Vaccination in Bombay 1913-1923 - 1913-1923
Year: 1913
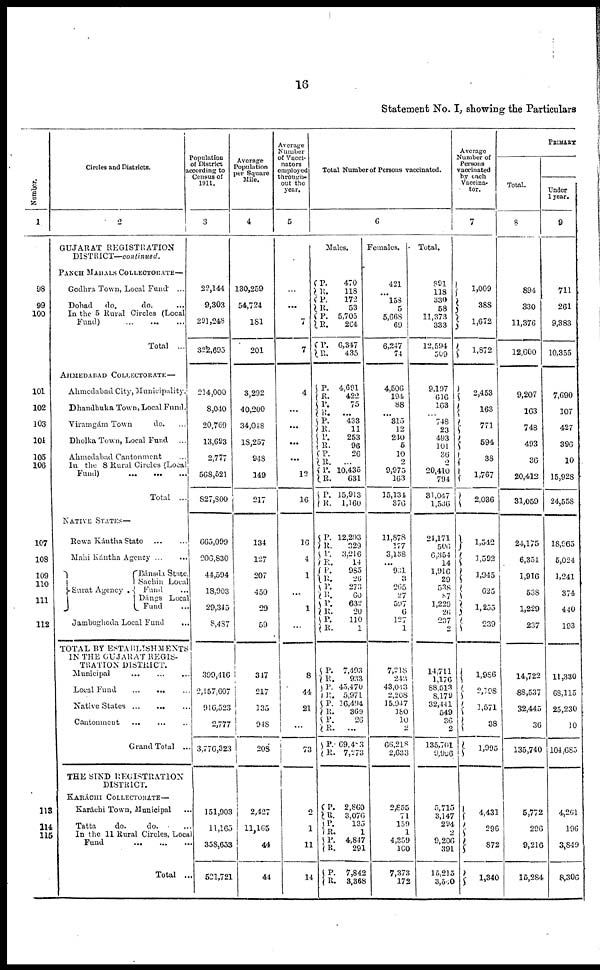
16
Statement No. I, showing the Particulars
Number.
1
98
99
100
101
102
103
104
105
106
107
108
109
110
111
112
113
114
115
Circles and Districts.
2
GUJARAT REGISTRATION
DISTRICT—continued.
PANCH MAHALS COLLECTORATE—
Godhra Town, Local Fund
...
Dohad
do.
do. ...
In the 5 Rural Circles (Local
Fund)
...
...
...
Total
...
AHMEDABAD COLLECTORATE—
Ahmedabad City, Municipality.
Dhandhuka Town, Local Fund.
Viramgám Town
do. ...
Dholka Town, Local Fund ...
Ahmedabad Cantonment
...
In the 8 Rural Circles (Local
Fund) ... ... ...
Total ...
NATIVE STATES—
Rewa Kántha State ... ...
Mahi Kántha Agency
...
...
Surat Agency .
Bánsda State.
Sachin Local
Fund ...
Dángs Local
Fund ...
Jambughoda Local Fund
...
TOTAL BY ESTABLISHMENTS
IN THE GUJARAT REGIS-
TRATION DISTRICT.
Municipal
... ... ...
Local Fund
...
...
...
Native States
...
...
...
Cantonment ... ... ...
Grand Total ...
THE SIND REGISTRATION
DISTRICT.
KARÁCHI COLLECTORATE —
Karáchi Town, Municipal ...
Tatta
do.
do. ...
In the 11 Rural Circles, Local
Fund ... ... ...
Total ...
Population
of District
according to
Census of
1911.
3
22,144
9,303
291,248
322,695
214,000
8,040
20,769
13,693
2,777
568,521
827,800
665,099
206,830
44,594
18,903
29,345
8,487
399,416
2,157,607
916,523
2,777
3,776,323
151,903
11,165
358,653
521,721
Average
Population
per Square
Mile.
4
130,259
54,724
181
201
3,292
40,200
34,048
18,257
948
149
217
134
127
207
450
29
59
347
217
135
948
208
2,427
11,165
44
44
Average
Number
of Vacci¬
nators
employed
through-
out the
year.
5
...
...
...
7
4
...
...
...
...
12
16
16
4
1
...
1
...
8
44
21
...
73
2
1
11
14
Total Number of Persons vaccinated.
6
Males.
P.
R.
P.
R.
P.
R.
P.
R.
470
118
172
53
5,705
264
6,347
435
P.
R.
P.
R.
P.
R.
P.
R.
P.
R.
P.
R.
P.
R.
4,691
422
75
... 433
11
253
96
26
...
10,435
631
15,913
1,160
P.
R.
P.
R.
P.
R.
P.
R.
P.
R.
P.
R.
12,293
329
3,216
14
985
26
273
60
632
20
110
1
P.
R.
P.
R.
P. R.
P.
R.
P.
R.
7,493
933
45,470
5,971
16,494
369
26
...
69,483
7,273
P.
R.
P.
R.
P.
R.
P.
R.
2,860
3,076
135
1
4,847
291
7,842
3,368
Females.
421
...
158
5
5,668
69
6,247
74
4,506
194
88
... 315
12
240
5
10
2
9,975
163
15,134
376
11,878
177
3,138
...
931
3
265
27
597
6
127
1
Total.
891
118
330
58
11,373
333
12,594
509
9,197
616
163
...
748
23
493
101
36
2
20,410
794
31,047 1,536
Average
Number of
Persons
vaccinated
by each
Vaccina¬
tor.
7
1,009
388
1,672
1,872
2,453
163
771
594
38
1,767
2,036
24,171
506
6,354
14
1,916
29
538
87
1,229
26
237
2
7,218
243
43,043
2,208
15,947
180
10
2
66,218
2,633
2,855
71
159
1
4,359
100
7,373
172
14,711
1,176
88,513
8,179
32,441
549
36
2
135,701
9,906
5,715
3,147
294
2
9,206
391
15,215
3,540
1,542
1,592
1,945
625
1,255
239
1,986
2,198
1,571
38
1,995
4,431
296
872
1,340
PRIMARY
Total.
8
894
330
11,376
12,600
9,207
163
748
493
36
20,412
31,059
24,175
6,354
1,916
538
1,229
237
14,722
88,537
32,445
36
135,740
5,772
296
9,216
15,284
Under
1 year.
9
711
261
9,383
10,355
7,690
107
427
396
10
15,928
24,558
18,965
5,024
1,241
374
440
193
11,330
68,115
25,230
10
104,685
4,261
196
3,849
8,306